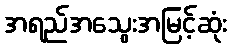
အရည်အသွေးအမြင့်ဆုံး